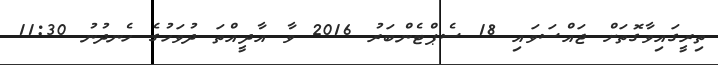
ތިރީގައިވާގޮތަށް ޖައްސަވައި 18 ސެޕްޓެންބަރު 2016 ވާ އާދީއްތަ ދުވަހުގެ ހެނދުނު 11:30